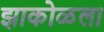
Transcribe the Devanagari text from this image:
झाकोळला